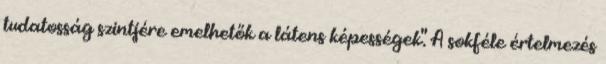
tudatosság szintjére emelhetők a látens képességek". A sokféle értelmezés